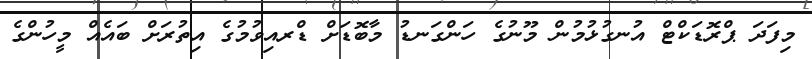
މިފަދަ ޕްރޮޑަކްޓް އުނގުޅުމުން މޫނުގެ ހަންގަނޑު މާބޮޑަށް ޑްރއިވުމުގެ އިތުރަށް ބައެއް މީހުންގެ